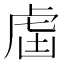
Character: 𧆣